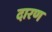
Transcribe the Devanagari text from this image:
दारण